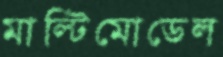
মাল্টিমোডেল